Report on horse surra - Volume II, Part I
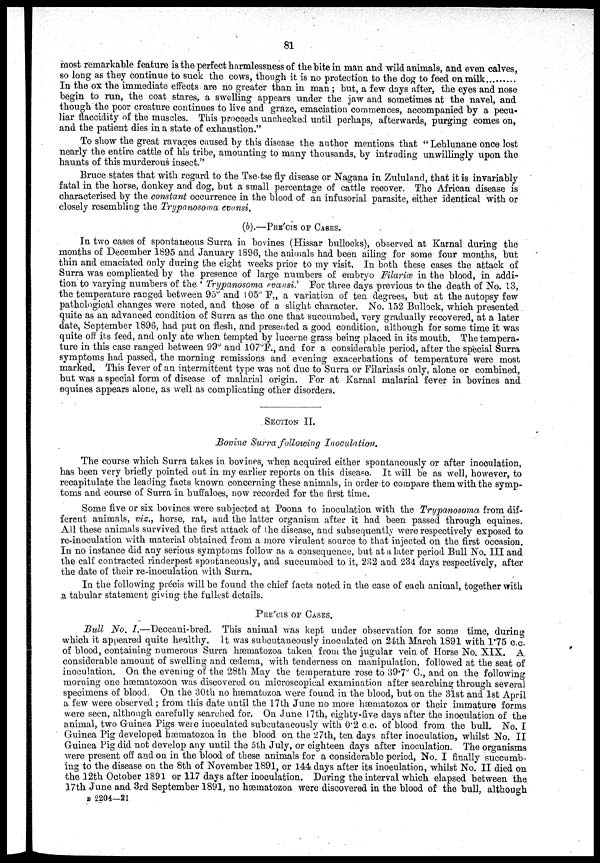
81
most remarkable feature is the perfect harmlessness of the bite in man and wild animals, and even calves,
so long as they continue to suck the cows, though it is no protection to the dog to feed on milk
In the ox the immediate effects are no greater than in man; but, a few days after, the eyes and nose
begin to run, the coat stares, a swelling appears under the jaw and sometimes at the navel, and
though the poor creature continues to live and graze, emaciation commences, accompanied by a pecu-
liar flaccidity of the muscles. This proceeds unchecked until perhaps, afterwards, purging comes on,
and the patient dies in a state of exhaustion."
To show the great ravages caused by this disease the author mentions that "Lehlunane once lost
nearly the entire cattle of his tribe, amounting to many thousands, by intruding unwillingly upon the
haunts of this murderous insect."
Bruce states that with regard to the Tse-tse fly disease or Nagana in Zululand, that it is invariably
fatal in the horse, donkey and dog, but a small percentage of cattle recover. The African disease is
characterised by the constant occurrence in the blood of an infusorial parasite, either identical with or
closely resembling the Trypanosoma evansi.
(b).—PRE'CIS OF CASES.
In two cases of spontaneous Surra in bovines (Hissar bullocks), observed at Karnal during the
months of December 1895 and January 1896, the animals had been ailing for some four months, but
thin and emaciated only during the eight weeks prior to my visit. In both these cases the attack of
Surra was complicated by the presence of large numbers of embryo Filariæ in the blood, in addi-
tion to varying numbers of the 'Trypanosoma evansi.' For three days previous to the death of No. 13,
the temperature ranged between 95° and 105°F„ a variation of ten degrees, but at the autopsy few
pathological changes were noted, and those of a slight character. No. 152 Bullock, which presented
quite as an advanced condition of Surra as the one that succumbed, very gradually recovered, at a later
date, September 1896, had put on flesh, and presented a good condition, although for some time it was
quite off its feed, and only ate when tempted by lucerne grass being placed in its mouth. The tempera-
ture in this case ranged between 99° and 107°F., and for a considerable period, after the special Surra
symptoms had passed, the morning remissions and evening exacerbations of temperature were most
marked. This fever of an intermittent type was not due to Surra or Filariasis only, alone or combined,
but was a special form of disease of malarial origin. For at Karnal malarial fever in bovines and
equines appears alone, as well as complicating other disorders.
SECTION II.
Bovine Surra following
Inoculation.
The course which Surra takes in bovines, when acquired either spontaneously or after inoculation,
has been very briefly pointed out in my earlier reports on this disease. It will be as well, however, to
recapitulate the leading facts known concerning these animals, in order to compare them with the symp-
toms and course of Surra in buffaloes, now recorded for the first time.
Some five or six bovines were subjected at Poona to inoculation with the Trypanosoma from dif-
ferent animals, viz., horse, rat, and the latter organism after it had been passed through equines.
All these animals survived the first attack of the disease, and subsequently were respectively exposed to
re-inoculation with material obtained from a more virulent source to that injected on the first occasion.
In no instance did any serious symptoms follow as a consequence, but at a later period Bull No. III and
the calf contracted rinderpest spontaneously, and succumbed to it, 232 and 234 days respectively, after
the date of their re-inoculation with Surra.
In the following précis will be found the chief facts noted in the case of each animal, together with
a tabular statement giving the fullest details.
PRECIS OF CASES.
Bull No. I.—Deccani-bred.
This animal was kept under observation for some time, during
which it appeared quite healthy. It was subcutaneously inoculated on 24th March 1891 with 1.75 c.c.
of blood, containing numerous Surra hæmatozoa taken from the jugular vein of Horse No. XIX. A
considerable amount of swelling and œdema, with tenderness on manipulation, followed at the seat of
inoculation. On the evening of the 28th May the temperature rose to 39.7° C., and on the following
morning one hæmatozoon was discovered on microscopical examination after searching through several
specimens of blood. On the 30th no hæmatozoa were found in the blood, but on the 31st and 1st April
a few were observed; from this date until the 17th June no more hæmatozoa or their immature forms
were seen, although carefully searched for. On June 17th, eighty-five days after the inoculation of the
animal, two Guinea Pigs were inoculated subcutaneously with 0.2 c.c. of blood from the bull. No. I
Guinea Pig developed hæmatozoa in the blood on the 27th, ten days after inoculation, whilst No. II
Guinea Pig did not develop any until the 5th July, or eighteen days after inoculation. The organisms
were present off and on in the blood of these animals for a considerable period, No. I finally succumb-
ing to the disease on the 8th of November 1891, or 144 days after its inoculation, whilst No. II died on
the 12th October 1891 or 117 days after inoculation. During the interval which elapsed between the
17th June and 3rd September 1891, no hæmatozoa were discovered in the blood of the bull, although
B
2204—21